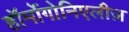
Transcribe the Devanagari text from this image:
हॉर्मोगोनिएलीज़